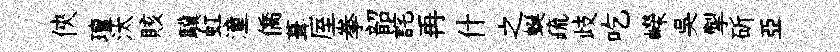
俠璮汰賅驥虹潼僑葺厔拳韶詫再什之蜒疏歧吃嶸吳掣斫亞